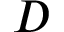
D